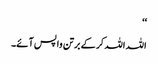
‘‘
اللہ اللہ کر کے برتن واپس آئے۔